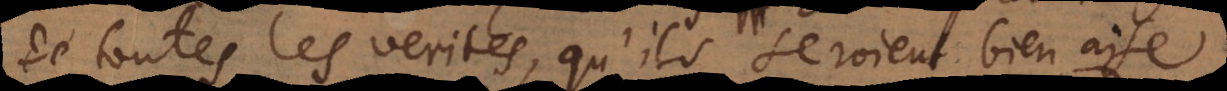
de toutes les verités, qu’ils seroient bien aise